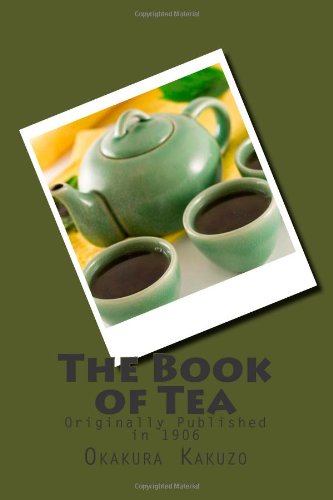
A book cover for The Book of Tea; Okakura Kakuzo; Cookbooks, Food & Wine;